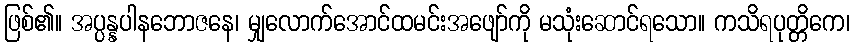
ဖြစ်၏။ အပ္ပန္နပါနဘောဇနေ၊ မျှလောက်အောင်ထမင်းအဖျော်ကို မသုံးဆောင်ရသော။ ကသိရပုတ္တိကေ၊